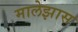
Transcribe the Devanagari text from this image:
मालेझास